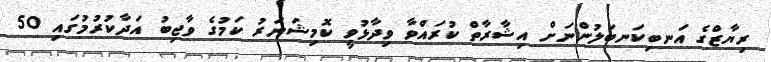
ރިޔާޒްގެ އަނބިކަނބަލުންނަށް އިޝާރާތް ކުރައްވާ ވިދާޅުވީ ކޮމިޝަނަރު ކަމުގެ ވާޖިބު އަދާކުރުމުގައި 50